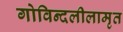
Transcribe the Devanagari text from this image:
गोविन्दलीलामृत